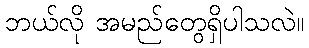
ဘယ်လို အမည်တွေရှိပါသလဲ။